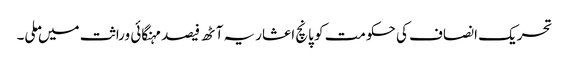
تحریک انصاف کی حکومت کو پانچ اعشاریہ آٹھ فیصد مہنگائی وراثت میں ملی۔